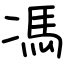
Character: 馮